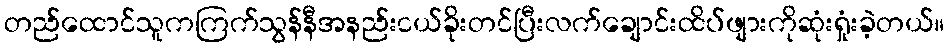
တည်ထောင်သူကကြက်သွန်နီအနည်းငယ်ခိုးတင်ပြီးလက်ချောင်းထိပ်ဖျားကိုဆုံးရှုံးခဲ့တယ်။